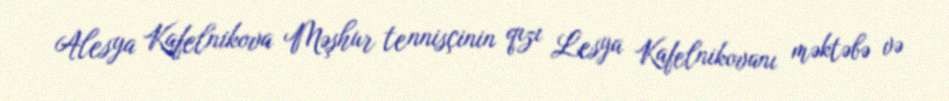
Alesya Kafelnikova Məşhur tennisçinin qızı Lesya Kafelnikovanı məktəbə və